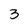
Character: 3